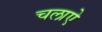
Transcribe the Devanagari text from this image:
चलाऐ